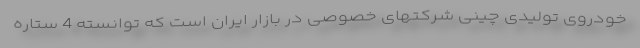
خودروی تولیدی چینی شرکتهای خصوصی در بازار ایران است که توانسته 4 ستاره